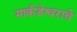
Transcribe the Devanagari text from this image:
मार्कंडेश्वराचे